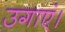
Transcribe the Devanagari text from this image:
उगाएं।